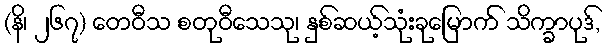
(နိ၊ ၂၆၇) တေဝီသ စတုဝီသေသု၊ နှစ်ဆယ့်သုံးခုမြောက် သိက္ခာပုဒ်,